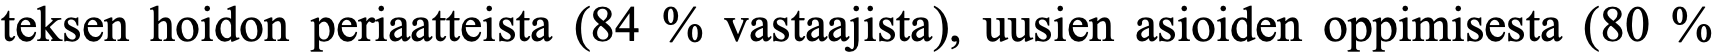
teksen hoidon periaatteista (84 % vastaajista), uusien asioiden oppimisesta (80 %